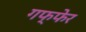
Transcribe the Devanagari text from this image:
गफ्फेर